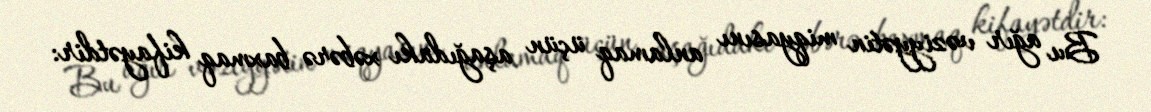
Bu ağır vəziyyətin miqyasını anlamaq üçün aşağıdakı xəbərə baxmaq kifayətdir: